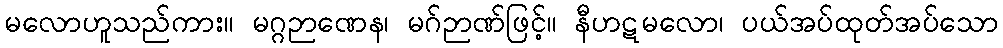
မလောဟူသည်ကား။ မဂ္ဂဉာဏေန၊ မဂ်ဉာဏ်ဖြင့်။ နီဟဋမလော၊ ပယ်အပ်ထုတ်အပ်သော